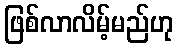
ဖြစ်လာလိမ့်မည်ဟု